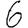
Digit: 6